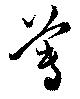
蓴